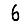
Digit: 6